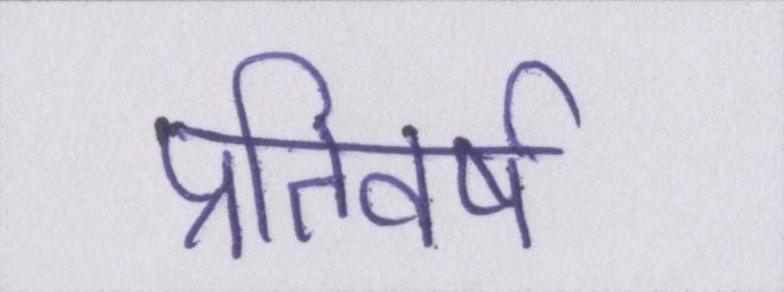
प्रतिवर्ष